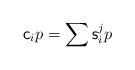
LaTeX: \begin{align*}{\sf c}_{i}p=\sum {\sf s}_i^jp \end{align*}